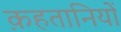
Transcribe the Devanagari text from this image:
क़हतानियों